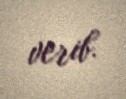
verib.